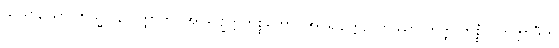
သိယာ, သာ ကသ္မာ န ဝုတ္တာတိ။ အပရိဗျတ္တကိစ္စတော။ အပရိဗျတ္တဉှိ တဿာ တတ္ထ ကိစ္စံ ဝိတက္ကာဒီဟိ